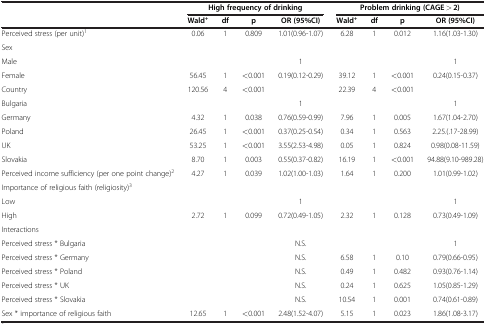
<table><thead><tr><td rowspan="2"><b> </b></td><td colspan="4"><b>High frequency of drinking</b></td><td colspan="4"><b>Problem drinking (CAGE &gt; 2)</b></td></tr><tr><td><b>Wald<sup>+</sup></b></td><td><b>df</b></td><td><b>p</b></td><td><b>OR (95%CI)</b></td><td><b>Wald<sup>+</sup></b></td><td><b>df</b></td><td><b>p</b></td><td><b>OR (95%CI)</b></td></tr></thead><tbody><tr><td>Perceived stress (per unit)<sup>1</sup></td><td>0.06</td><td>1</td><td>0.809</td><td>1.01(0.96-1.07)</td><td>6.28</td><td>1</td><td>0.012</td><td>1.16(1.03-1.30)</td></tr><tr><td>Sex</td><td> </td><td> </td><td> </td><td> </td><td> </td><td> </td><td> </td><td> </td></tr><tr><td>Male</td><td> </td><td> </td><td> </td><td>1</td><td> </td><td> </td><td> </td><td>1</td></tr><tr><td>Female</td><td>56.45</td><td>1</td><td>&lt;0.001</td><td>0.19(0.12-0.29)</td><td>39.12</td><td>1</td><td>&lt;0.001</td><td>0.24(0.15-0.37)</td></tr><tr><td>Country</td><td>120.56</td><td>4</td><td>&lt;0.001</td><td> </td><td>22.39</td><td>4</td><td>&lt;0.001</td><td> </td></tr><tr><td>Bulgaria</td><td> </td><td> </td><td> </td><td>1</td><td> </td><td> </td><td> </td><td>1</td></tr><tr><td>Germany</td><td>4.32</td><td>1</td><td>0.038</td><td>0.76(0.59-0.99)</td><td>7.96</td><td>1</td><td>0.005</td><td>1.67(1.04-2.70)</td></tr><tr><td>Poland</td><td>26.45</td><td>1</td><td>&lt;0.001</td><td>0.37(0.25-0.54)</td><td>0.34</td><td>1</td><td>0.563</td><td>2.25.(.17-28.99)</td></tr><tr><td>UK</td><td>53.25</td><td>1</td><td>&lt;0.001</td><td>3.55(2.53-4.98)</td><td>0.05</td><td>1</td><td>0.824</td><td>0.98(0.08-11.59)</td></tr><tr><td>Slovakia</td><td>8.70</td><td>1</td><td>0.003</td><td>0.55(0.37-0.82)</td><td>16.19</td><td>1</td><td>&lt;0.001</td><td>94.88(9.10-989.28)</td></tr><tr><td>Perceived income sufficiency (per one point change)<sup>2</sup></td><td>4.27</td><td>1</td><td>0.039</td><td>1.02(1.00-1.03)</td><td>1.64</td><td>1</td><td>0.200</td><td>1.01(0.99-1.02)</td></tr><tr><td>Importance of religious faith (religiosity)<sup>3</sup></td><td> </td><td> </td><td> </td><td> </td><td> </td><td> </td><td> </td><td> </td></tr><tr><td>Low</td><td> </td><td> </td><td> </td><td>1</td><td> </td><td> </td><td> </td><td>1</td></tr><tr><td>High</td><td>2.72</td><td>1</td><td>0.099</td><td>0.72(0.49-1.05)</td><td>2.32</td><td>1</td><td>0.128</td><td>0.73(0.49-1.09)</td></tr><tr><td>Interactions</td><td> </td><td> </td><td> </td><td> </td><td> </td><td> </td><td> </td><td> </td></tr><tr><td>Perceived stress * Bulgaria</td><td> </td><td> </td><td> </td><td>N.S.</td><td> </td><td> </td><td> </td><td>1</td></tr><tr><td>Perceived stress * Germany</td><td> </td><td> </td><td> </td><td>N.S.</td><td>6.58</td><td>1</td><td>0.10</td><td>0.79(0.66-0.95)</td></tr><tr><td>Perceived stress * Poland</td><td> </td><td> </td><td> </td><td>N.S.</td><td>0.49</td><td>1</td><td>0.482</td><td>0.93(0.76-1.14)</td></tr><tr><td>Perceived stress * UK</td><td> </td><td> </td><td> </td><td>N.S.</td><td>0.24</td><td>1</td><td>0.625</td><td>1.05(0.85-1.29)</td></tr><tr><td>Perceived stress * Slovakia</td><td> </td><td> </td><td> </td><td>N.S.</td><td>10.54</td><td>1</td><td>0.001</td><td>0.74(0.61-0.89)</td></tr><tr><td>Sex * importance of religious faith</td><td>12.65</td><td>1</td><td>&lt;0.001</td><td>2.48(1.52-4.07)</td><td>5.15</td><td>1</td><td>0.023</td><td>1.86(1.08-3.17)</td></tr></tbody></table>